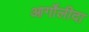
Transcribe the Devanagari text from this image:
आर्गोलीदा